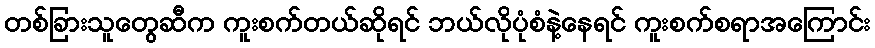
တစ်ခြားသူတွေဆီက ကူးစက်တယ်ဆိုရင် ဘယ်လိုပုံစံနဲ့နေရင် ကူးစက်စရာအကြောင်း